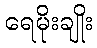
ရေမိုးချိုး